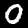
Digit: 0